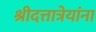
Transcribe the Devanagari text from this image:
श्रीदत्तात्रेयांना